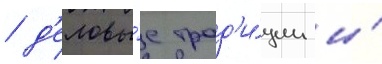
/ д'еловы́е трад'и́ции и́